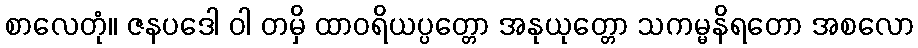
စာလေတုံ။ ဇနပဒေါ ဝါ တမှိ ထာဝရိယပ္ပတ္တော အနုယုတ္တော သကမ္မနိရတော အစလော